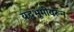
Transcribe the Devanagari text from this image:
यद्धभूमीवरून